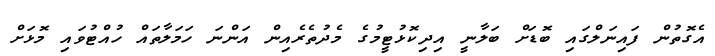
އެގޮތުން ފައިނަލްގައި ބޮޑަށް ބަލާނީ އިދިކޮޅުޓީމުގެ މެދުތެރެއިން އަންނަ ހަމަލާތައް ހުއްޓުވައި މޮޅަށް